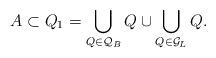
LaTeX: \begin{align*}A\subset Q_1=\bigcup_{Q\in\mathcal Q_B} Q \cup \bigcup_{Q\in\mathcal G_L} Q.\end{align*}